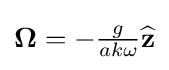
{\textstyle {\boldsymbol {\Omega }}=-{\frac {g}{ak\omega }}{\widehat {\mathbf {z} }}}